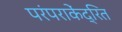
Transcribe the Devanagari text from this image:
परंपराकेंद्रित